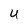
Character: U